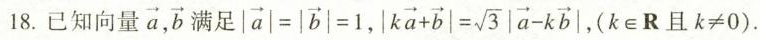
18.已知向量\overrightarrow{a}, \overrightarrow{b}满足$$| \overrightarrow { a } | = | \overrightarrow { b } | = 1$$，$$ | k \overrightarrow { a } + \overrightarrow { b } | = \sqrt { 3 } | \overrightarrow { a } - k \overrightarrow { b } |$$ (k \in R且$$k ≠ 0$$).